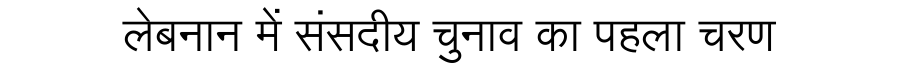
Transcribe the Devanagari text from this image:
लेबनान में संसदीय चुनाव का पहला चरण